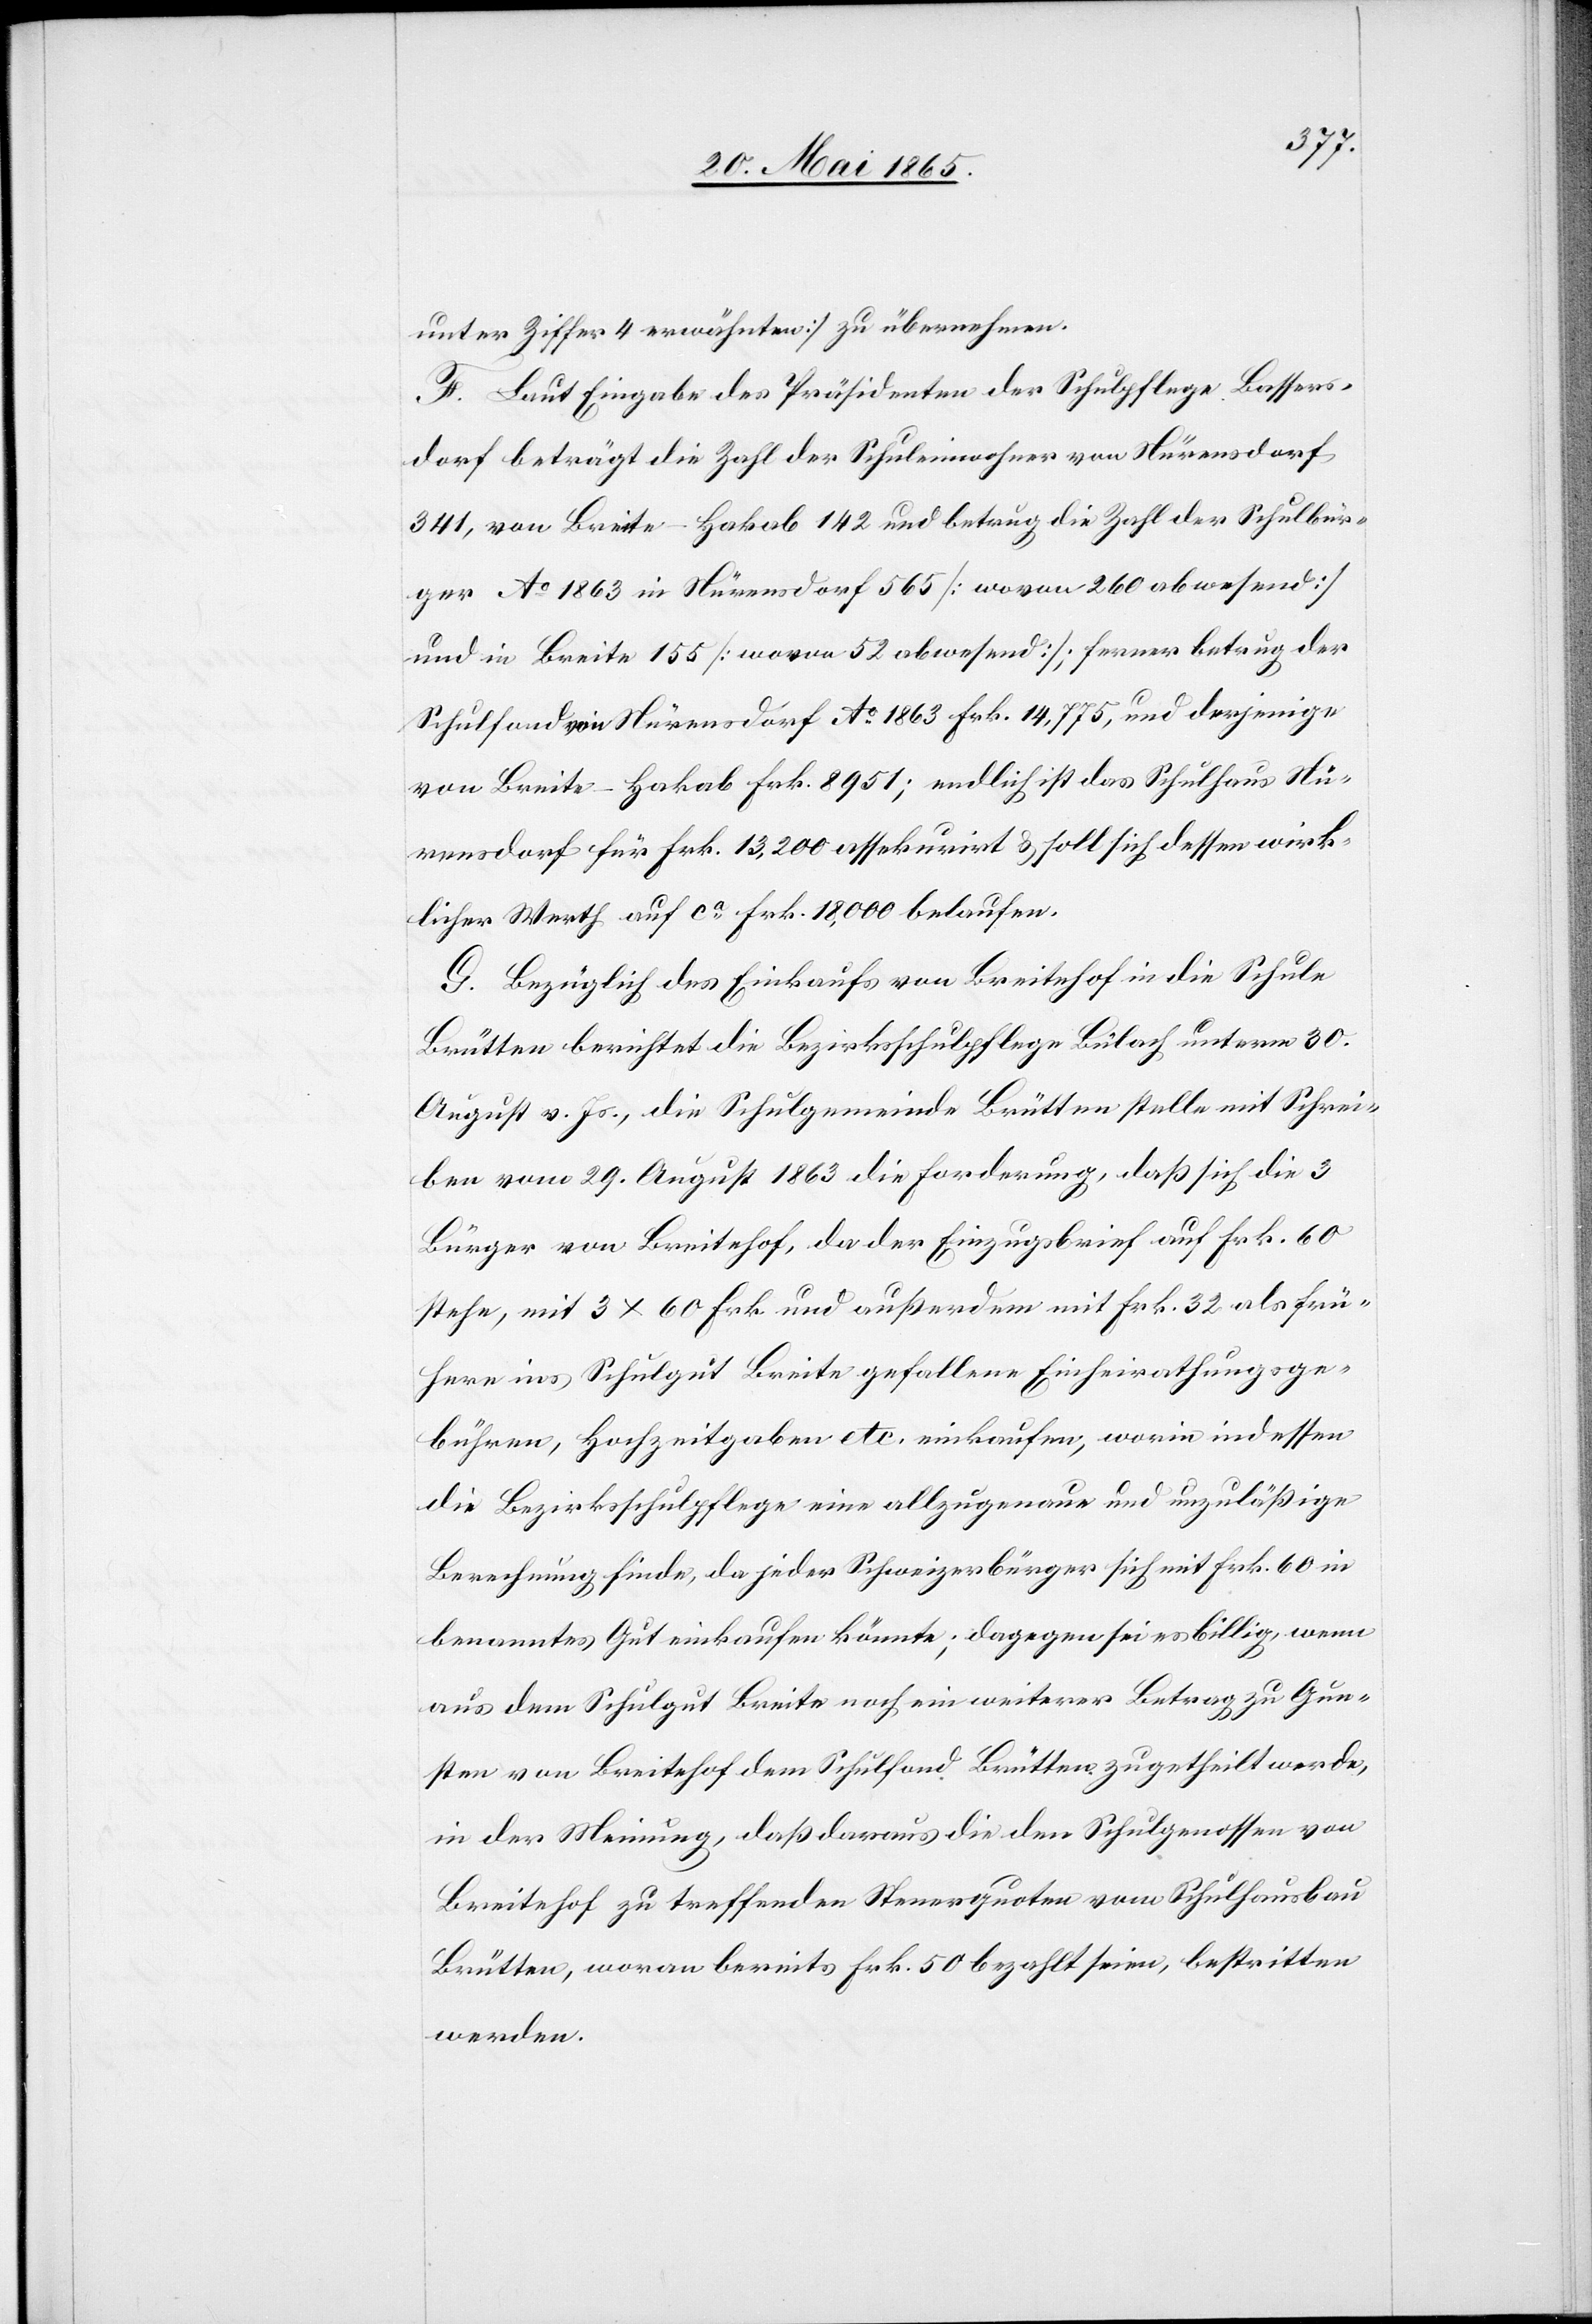
unter Ziffer 4 erwähnten] zu übernehmen.
F. Laut Eingabe des Präsidenten der Schulpflege Bassers¬
dorf beträgt die Zahl der Schuleinwohner von Nürensdorf
341, von Breite-Hakab 142 und betrug die Zahl der Schulbür¬
ger Ao 1863 in Nürensdorf 565 [wovon 260 abwesend]
und in Breite 155 [wovon 52 abwesend]; ferner betrug der
Schulfond von Nürensdorf Ao 1863 Frk. 14,775, und derjenige
von Breite-Hakab Frk. 8951; endlich ist das Schulhaus Nü¬
rensdorf für Frk. 13,200 assekurirt & soll sich dessen wirk¬
licher Werth auf ca Frk. 18,000 belaufen.
G. Bezüglich des Einkaufs von Breitehof in die Schule
Brütten berichtet die Bezirksschulpflege Bülach unterm 30.
August v. Js., die Schulgemeinde Brütten stelle mit Schrei¬
ben vom 29. August 1863 die Forderung, daß sich die 3
Bürger von Breitehof, da der Einzugsbrief auf Frk. 60
stehe, mit 3 x 60 Frk. und außerdem mit Frk. 32 als frü¬
here ins Schulgut Breite gefallene Einheirathungsge¬
bühren, Hochzeitgaben etc. einkaufen, worin indessen
die Bezirksschulpflege eine allzugenaue und unzuläßige
Berechnung finde, da jeder Schweizerbürger sich mit Frk. 60 in
benanntes Gut einkaufen könnte; dagegen sei es billig, wenn
aus dem Schulgut Breite noch ein weiterer Betrag zu Gun¬
sten von Breitehof dem Schulfond Brütten zugetheilt werde,
in der Meinung, daß daraus die den Schulgenossen von
Breitehof zu treffenden Steuerquoten vom Schulhausbau
Brütten, woran bereits Frk. 50 bezahlt seien, bestritten
werden.